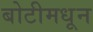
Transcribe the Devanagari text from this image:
बोटीमधून